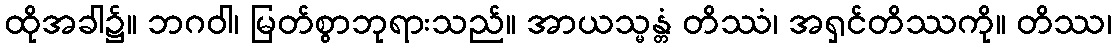
ထိုအခါ၌။ ဘဂဝါ၊ မြတ်စွာဘုရားသည်။ အာယသ္မန္တံ တိဿံ၊ အရှင်တိဿကို။ တိဿ၊